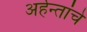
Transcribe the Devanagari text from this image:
अर्हन्तांचे